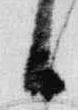
日